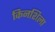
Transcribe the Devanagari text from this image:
किनशिला